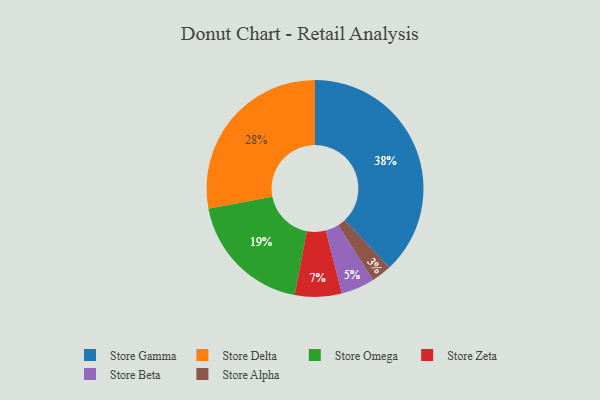
{"axis": {"x": "Category", "y": "Percentage"}, "legend": ["Store Alpha", "Store Beta", "Store Delta", "Store Gamma", "Store Omega", "Store Zeta"], "data": [{"x": "Store Delta", "y": 28, "type": "Store Delta"}, {"x": "Store Alpha", "y": 3, "type": "Store Alpha"}, {"x": "Store Beta", "y": 5, "type": "Store Beta"}, {"x": "Store Gamma", "y": 38, "type": "Store Gamma"}, {"x": "Store Zeta", "y": 7, "type": "Store Zeta"}, {"x": "Store Omega", "y": 19, "type": "Store Omega"}]}